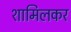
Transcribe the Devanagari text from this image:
शामिलकर